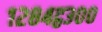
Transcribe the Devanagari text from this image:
१२८४ट्ठ३००